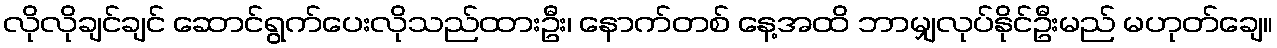
လိုလိုချင်ချင် ဆောင်ရွက်ပေးလိုသည်ထားဦး၊ နောက်တစ် နေ့အထိ ဘာမျှလုပ်နိုင်ဦးမည် မဟုတ်ချေ။